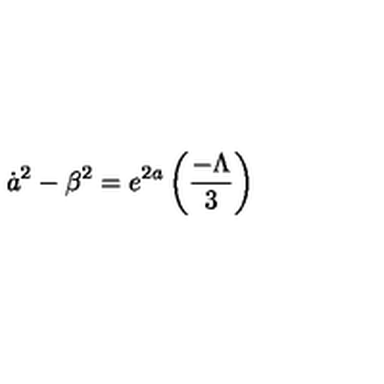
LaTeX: { \dot { a } } ^ { 2 } - { \beta } ^ { 2 } = e ^ { 2 a } \left( \frac { - \Lambda } { 3 } \right)